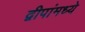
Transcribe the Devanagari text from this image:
द्वीपांमध्ये